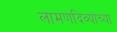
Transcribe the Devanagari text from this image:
लामणदिव्यांच्या